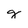
Character: g